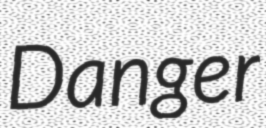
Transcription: Danger